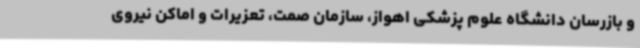
و بازرسان دانشگاه علوم پزشکی اهواز، سازمان صمت، تعزیرات و اماکن نیروی